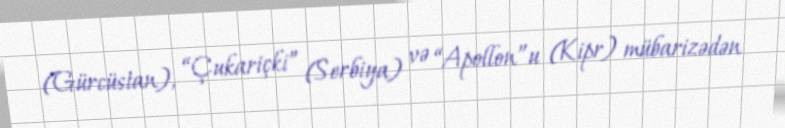
(Gürcüstan), “Çukariçki” (Serbiya) və “Apollon”u (Kipr) mübarizədən